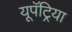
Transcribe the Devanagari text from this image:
यूपॅट्रिया